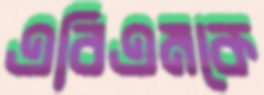
এবিএমকে